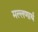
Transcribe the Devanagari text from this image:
मल्लणार्थ